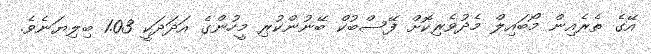
އޭގެ ތެރެއިން މޯބައިލް މެދުވެރިކޮށް ފޭސްބުކް ބޭނުންކުރި މީހުންގެ އަދަދަކީ 1.03 ބިލިޔަނެވެ.